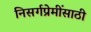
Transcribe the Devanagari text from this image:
निसर्गप्रेमींसाठी